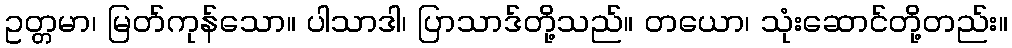
ဥတ္တမာ၊ မြတ်ကုန်သော။ ပါသာဒါ၊ ပြာသာဒ်တို့သည်။ တယော၊ သုံးဆောင်တို့တည်း။